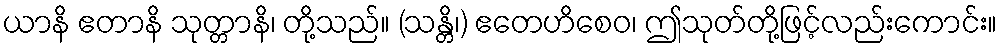
ယာနိ ဧတာနိ သုတ္တာနိ၊ တို့သည်။ (သန္တိ၊) ဧတေဟိစေဝ၊ ဤသုတ်တို့ဖြင့်လည်းကောင်း။